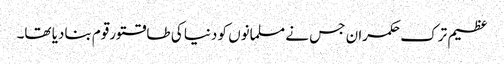
عظیم ترک حکمران جس نے مسلمانوں کو دنیا کی طاقتورقوم بنادیا تھا۔